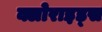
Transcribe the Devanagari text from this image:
क्लोराइड्स